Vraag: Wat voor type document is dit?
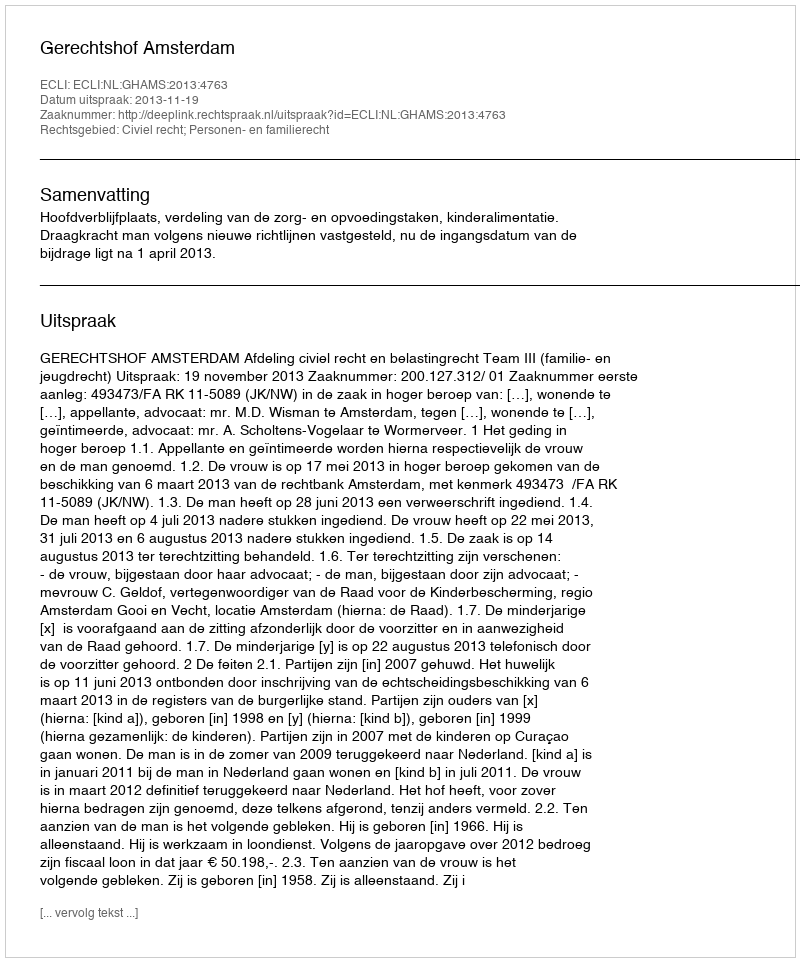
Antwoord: Uitspraak